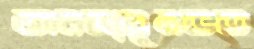
অবজ্ঞাসুলভত